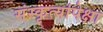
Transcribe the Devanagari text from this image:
संस्कृत्यांपेक्षा